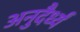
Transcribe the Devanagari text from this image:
अनुदैर्ध्यं